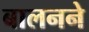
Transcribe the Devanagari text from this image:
बालनने